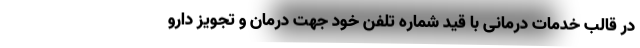
در قالب خدمات درمانی با قید شماره تلفن خود جهت درمان و تجویز دارو